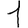
Digit: 1